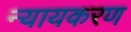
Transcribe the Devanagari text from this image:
न्यायकरण